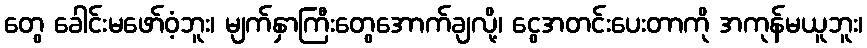
တွေ ခေါင်းမဖော်ဝံ့ဘူး၊ မျက်နှာကြီးတွေအောက်ချလို့၊ ငွေအတင်းပေးတာကို အကုန်မယူဘူး၊